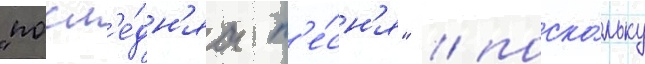
"посл'е́дн'яа п'е́сн'я" / поско́льку